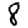
Digit: 8